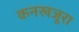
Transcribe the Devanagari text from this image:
कनखजूरा